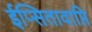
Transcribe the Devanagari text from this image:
ईप्सितावाप्ति